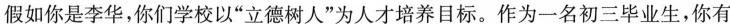
假如你是李华，你们学校以”立德树人”为人才培养目标。作为一名初三毕业生，你有